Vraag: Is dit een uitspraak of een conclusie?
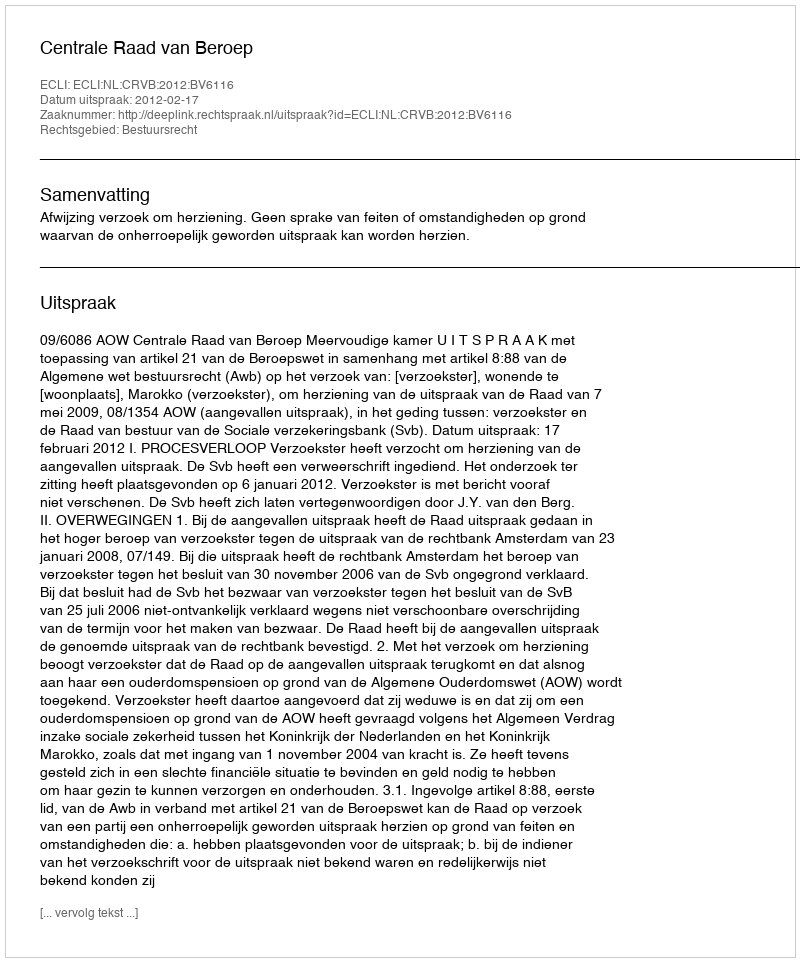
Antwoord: Uitspraak